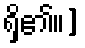
ရှိ၏။]